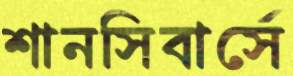
শানসিবার্সে